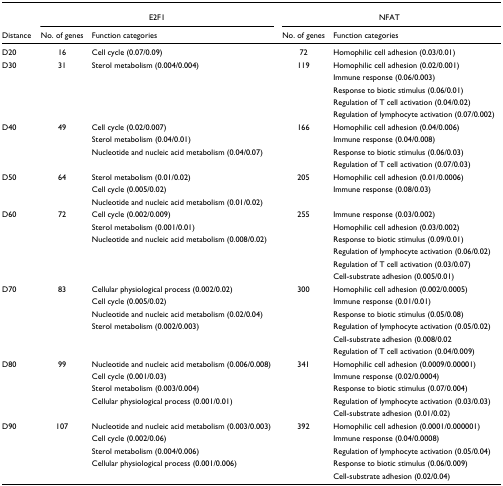
<table><thead><tr><td></td><td colspan="2"><b>E2F1</b></td><td colspan="2"><b>NFAT</b></td></tr><tr><td><b>Distance</b></td><td><b>No. of genes</b></td><td><b>Function categories</b></td><td><b>No. of genes</b></td><td><b>Function categories</b></td></tr></thead><tbody><tr><td>D20</td><td>16</td><td>Cell cycle (0.07/0.09)</td><td>72</td><td>Homophilic cell adhesion (0.03/0.01)</td></tr><tr><td>D30</td><td>31</td><td>Sterol metabolism (0.004/0.004)</td><td>119</td><td>Homophilic cell adhesion (0.02/0.001)</td></tr><tr><td></td><td></td><td></td><td></td><td>Immune response (0.06/0.003)</td></tr><tr><td></td><td></td><td></td><td></td><td>Response to biotic stimulus (0.06/0.01)</td></tr><tr><td></td><td></td><td></td><td></td><td>Regulation of T cell activation (0.04/0.02)</td></tr><tr><td></td><td></td><td></td><td></td><td>Regulation of lymphocyte activation (0.07/0.002)</td></tr><tr><td>D40</td><td>49</td><td>Cell cycle (0.02/0.007)</td><td>166</td><td>Homophilic cell adhesion (0.04/0.006)</td></tr><tr><td></td><td></td><td>Sterol metabolism (0.04/0.01)</td><td></td><td>Immune response (0.04/0.008)</td></tr><tr><td></td><td></td><td>Nucleotide and nucleic acid metabolism (0.04/0.07)</td><td></td><td>Response to biotic stimulus (0.06/0.03)</td></tr><tr><td></td><td></td><td></td><td></td><td>Regulation of T cell activation (0.07/0.03)</td></tr><tr><td>D50</td><td>64</td><td>Sterol metabolism (0.01/0.02)</td><td>205</td><td>Homophilic cell adhesion (0.01/0.0006)</td></tr><tr><td></td><td></td><td>Cell cycle (0.005/0.02)</td><td></td><td>Immune response (0.08/0.03)</td></tr><tr><td></td><td></td><td>Nucleotide and nucleic acid metabolism (0.01/0.02)</td><td></td><td></td></tr><tr><td>D60</td><td>72</td><td>Cell cycle (0.002/0.009)</td><td>255</td><td>Immune response (0.03/0.002)</td></tr><tr><td></td><td></td><td>Sterol metabolism (0.001/0.01)</td><td></td><td>Homophilic cell adhesion (0.03/0.002)</td></tr><tr><td></td><td></td><td>Nucleotide and nucleic acid metabolism (0.008/0.02)</td><td></td><td>Response to biotic stimulus (0.09/0.01)</td></tr><tr><td></td><td></td><td></td><td></td><td>Regulation of lymphocyte activation (0.06/0.02)</td></tr><tr><td></td><td></td><td></td><td></td><td>Regulation of T cell activation (0.03/0.07)</td></tr><tr><td></td><td></td><td></td><td></td><td>Cell-substrate adhesion (0.005/0.01)</td></tr><tr><td>D70</td><td>83</td><td>Cellular physiological process (0.002/0.02)</td><td>300</td><td>Homophilic cell adhesion (0.002/0.0005)</td></tr><tr><td></td><td></td><td>Cell cycle (0.005/0.02)</td><td></td><td>Immune response (0.01/0.01)</td></tr><tr><td></td><td></td><td>Nucleotide and nucleic acid metabolism (0.02/0.04)</td><td></td><td>Response to biotic stimulus (0.05/0.08)</td></tr><tr><td></td><td></td><td>Sterol metabolism (0.002/0.003)</td><td></td><td>Regulation of lymphocyte activation (0.05/0.02)</td></tr><tr><td></td><td></td><td></td><td></td><td>Cell-substrate adhesion (0.008/0.02</td></tr><tr><td></td><td></td><td></td><td></td><td>Regulation of T cell activation (0.04/0.009)</td></tr><tr><td>D80</td><td>99</td><td>Nucleotide and nucleic acid metabolism (0.006/0.008)</td><td>341</td><td>Homophilic cell adhesion (0.0009/0.00001)</td></tr><tr><td></td><td></td><td>Cell cycle (0.001/0.03)</td><td></td><td>Immune response (0.02/0.0004)</td></tr><tr><td></td><td></td><td>Sterol metabolism (0.003/0.004)</td><td></td><td>Response to biotic stimulus (0.07/0.004)</td></tr><tr><td></td><td></td><td>Cellular physiological process (0.001/0.01)</td><td></td><td>Regulation of lymphocyte activation (0.03/0.03)</td></tr><tr><td></td><td></td><td></td><td></td><td>Cell-substrate adhesion (0.01/0.02)</td></tr><tr><td>D90</td><td>107</td><td>Nucleotide and nucleic acid metabolism (0.003/0.003)</td><td>392</td><td>Homophilic cell adhesion (0.0001/0.000001)</td></tr><tr><td></td><td></td><td>Cell cycle (0.002/0.06)</td><td></td><td>Immune response (0.04/0.0008)</td></tr><tr><td></td><td></td><td>Sterol metabolism (0.004/0.006)</td><td></td><td>Regulation of lymphocyte activation (0.05/0.04)</td></tr><tr><td></td><td></td><td>Cellular physiological process (0.001/0.006)</td><td></td><td>Response to biotic stimulus (0.06/0.009)</td></tr><tr><td></td><td></td><td></td><td></td><td>Cell-substrate adhesion (0.02/0.04)</td></tr></tbody></table>